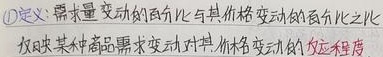
\textcircled{1}定义:需求量变动的百分比与其价格变动的百分比之比反映某种商品需求变动对其价格变动的**反应程度**